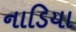
નાડિયા